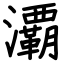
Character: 㶚